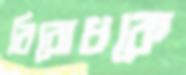
বিরোধকে